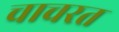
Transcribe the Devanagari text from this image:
चाचरत